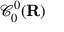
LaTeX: { \mathcal { C } } _ { 0 } ^ { 0 } ( \mathbf { R } )